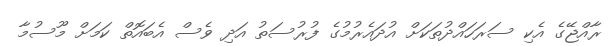
ރާއްޖޭގެ އެކި ސަރަހައްދުތަކަށް އުދައެރުމުގެ ފުރުސަތު އަދި ވެސް އެބައޮތް ކަމަށް މޫސުމާ